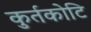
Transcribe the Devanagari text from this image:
कुर्तकोटि